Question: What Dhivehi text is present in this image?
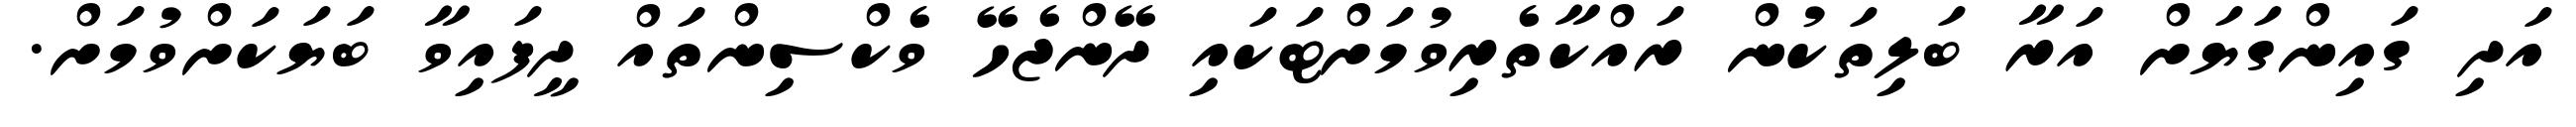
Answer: އަދި ގައިންގަޔަށް އަރާ ބަލިތަކުން ރައްކާތެރިވުމަށްޓަކައި ދޭންޖެހޭ ވެކްސިންތައް ދީފައިވާ ބަޔަކަށްވުމަށް.